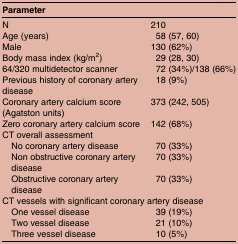
<table><thead><tr><td><b>Parameter</b></td><td></td></tr></thead><tbody><tr><td>N</td><td>210</td></tr><tr><td>Age (years)</td><td>58 (57, 60)</td></tr><tr><td>Male</td><td>130 (62%)</td></tr><tr><td>Body mass index (kg/m<sup>2</sup>)</td><td>29 (28, 30)</td></tr><tr><td>64/320 multidetector scanner</td><td>72 (34%)/138 (66%)</td></tr><tr><td>Previous history of coronary artery disease</td><td>18 (9%)</td></tr><tr><td>Coronary artery calcium score (Agatston units)</td><td>373 (242, 505)</td></tr><tr><td>Zero coronary artery calcium score</td><td>142 (68%)</td></tr><tr><td>CT overall assessment</td><td></td></tr><tr><td> No coronary artery disease</td><td>70 (33%)</td></tr><tr><td> Non obstructive coronary artery disease</td><td>70 (33%)</td></tr><tr><td> Obstructive coronary artery disease</td><td>70 (33%)</td></tr><tr><td colspan="2">CT vessels with significant coronary artery disease</td></tr><tr><td> One vessel disease</td><td>39 (19%)</td></tr><tr><td> Two vessel disease</td><td>21 (10%)</td></tr><tr><td> Three vessel disease</td><td>10 (5%)</td></tr></tbody></table>